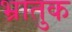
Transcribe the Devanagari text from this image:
भ्रातुक